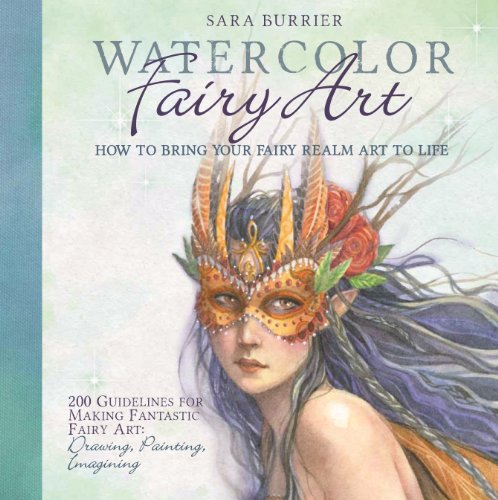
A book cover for Watercolor Fairy Art: How to Bring Your Fairy Realm Art to Life; Sara Burrier; Arts & Photography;